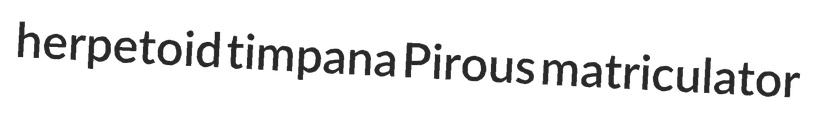
herpetoid timpana Pirous matriculator